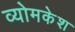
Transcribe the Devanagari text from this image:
व्‍योमकेश